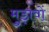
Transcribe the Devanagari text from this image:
मुड़ावों